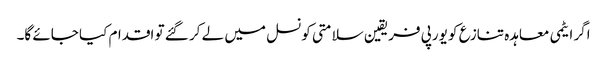
اگر ایٹمی معاہدہ تنازع کو یورپی فریقین سلامتی کونسل میں لے کر گئے تو اقدام کیا جائے گا۔